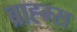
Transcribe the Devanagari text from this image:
ब्राह्म्स